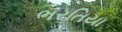
ભરતિયા